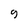
Character: 9